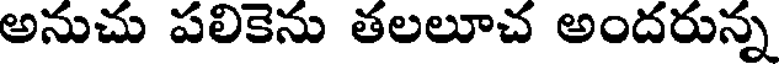
అనుచు పలికెను తలలూచ అందరున్న